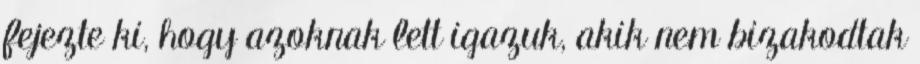
fejezte ki, hogy azoknak lett igazuk, akik nem bizakodtak